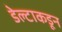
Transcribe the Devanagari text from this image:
डेल्टाकडून